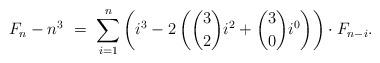
LaTeX: \begin{align*}F_n - n^3 \ = \ \sum_{i=1}^{n} \left(i^3 - 2\left( \binom{3}{2}i^2+\binom{3}{0}i^0\right)\right) \cdot F_{n-i}.\end{align*}